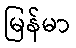
မြန်မာ